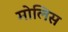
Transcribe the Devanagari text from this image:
मोलिस